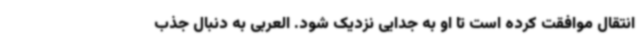
انتقال موافقت کرده است تا او به جدایی نزدیک شود. العربی به دنبال جذب